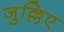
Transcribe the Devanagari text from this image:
जुल्लिए